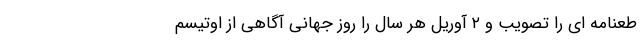
طعنامه ای را تصویب و ۲ آوریل هر سال را روز جهانی آگاهی از اوتیسم